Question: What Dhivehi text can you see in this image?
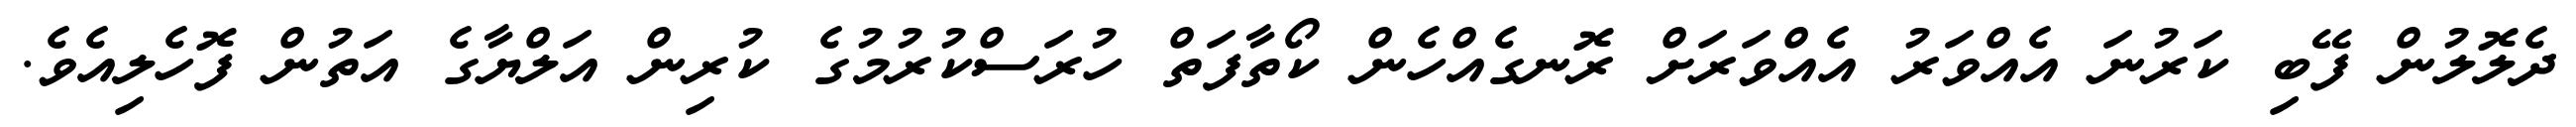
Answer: ދެލޮލުން ފޭބި ކަރުނަ އެއްވަރު އެއްވަރަށް ރޮނގެއްހެން ކޯތާފަތް ހުރަސްކުރުމުގެ ކުރިން އަލްޔާގެ އަތުން ފޮހެލިއެވެ.